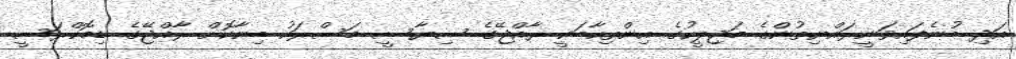
އަދި ބުނެފައިވަނީރައްޔިތުންގެ މަޖިލީހުގެ އިންތިހާބަކީ ރާއްޖޭގެ ސިޔާސީ މަސްރަހު ބިނާކޮށް ރާއްޖޭގެ ޑިމޮކްރަސީ